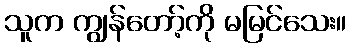
သူက ကျွန်တော့်ကို မမြင်သေး။